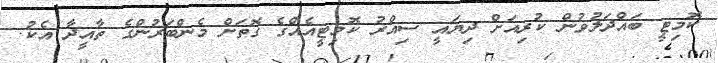
ކޮމިޓީ ބައްދަލުވުން ކުރިއަށް ދިޔައީ ސިއްރު ކޮމިޓީއެއްގެ ގޮތަށް މެންބަރުންގެ ތާއީދާ އެކު.